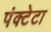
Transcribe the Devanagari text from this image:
पंक्टेटा